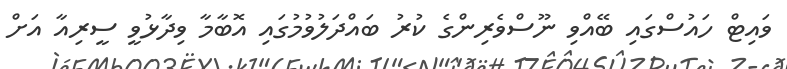
ވައިޓް ހައުސްގައި ބޭއްވި ނޫސްވެރިންގެ ކުރު ބައްދަލުވުމުގައި އޮބާމާ ވިދާޅުވީ ސީރިއާ އަށް